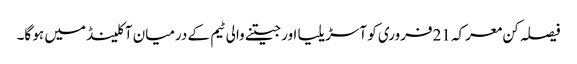
فیصلہ کن معرکہ 21فروری کو آسڑیلیا اور جیتنے والی ٹیم کے درمیان آکلینڈ میں ہو گا۔